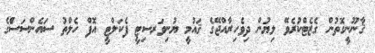
ޤާނޫނީގޮތުން ގެޒެޓްކުރެވޭ ލިޔުން ދިވެހިރާއްޖޭގެ ޤައުމީ ޔުނިވަރސިޓީ ފެކަލްޓީ އޮފް ހެލްތު ސައެންސަސްެގެ